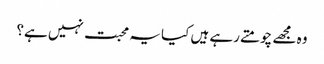
وہ مجھے چومتے رہے ہیں کیا یہ محبت نہیں ہے؟